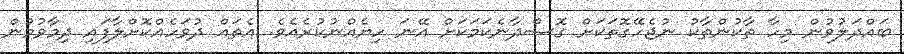
ބައްދަލުވުން މިހާ ތާކުންތާކު ނުޖެހޭގޮތަކަށް ގޮސްދާނެކަމަކަށް އޭނަ ހިޔެއްނުކުރެއެވެ. އެތައް ދުވަހެއްކޮށްލާފައި ދިމާވުމުން